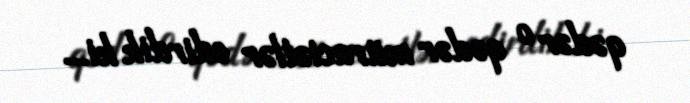
qədər o qədər müraciətlər edirdik ki...